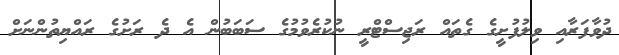
ދުވާފަރާއި ވިލުފުށީގެ ގެތައް ރަޖިސްޓްރީ ނުކުރެވުމުގެ ސަބަބުން އެ ދެ ރަށުގެ ރައްޔިތުންނަށް